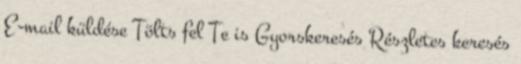
E-mail küldése Tölts fel Te is Gyorskeresés Részletes keresés